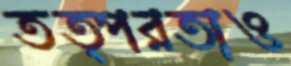
তত্পরতাও